Pusta,_Kaarel_Robert, lk 3
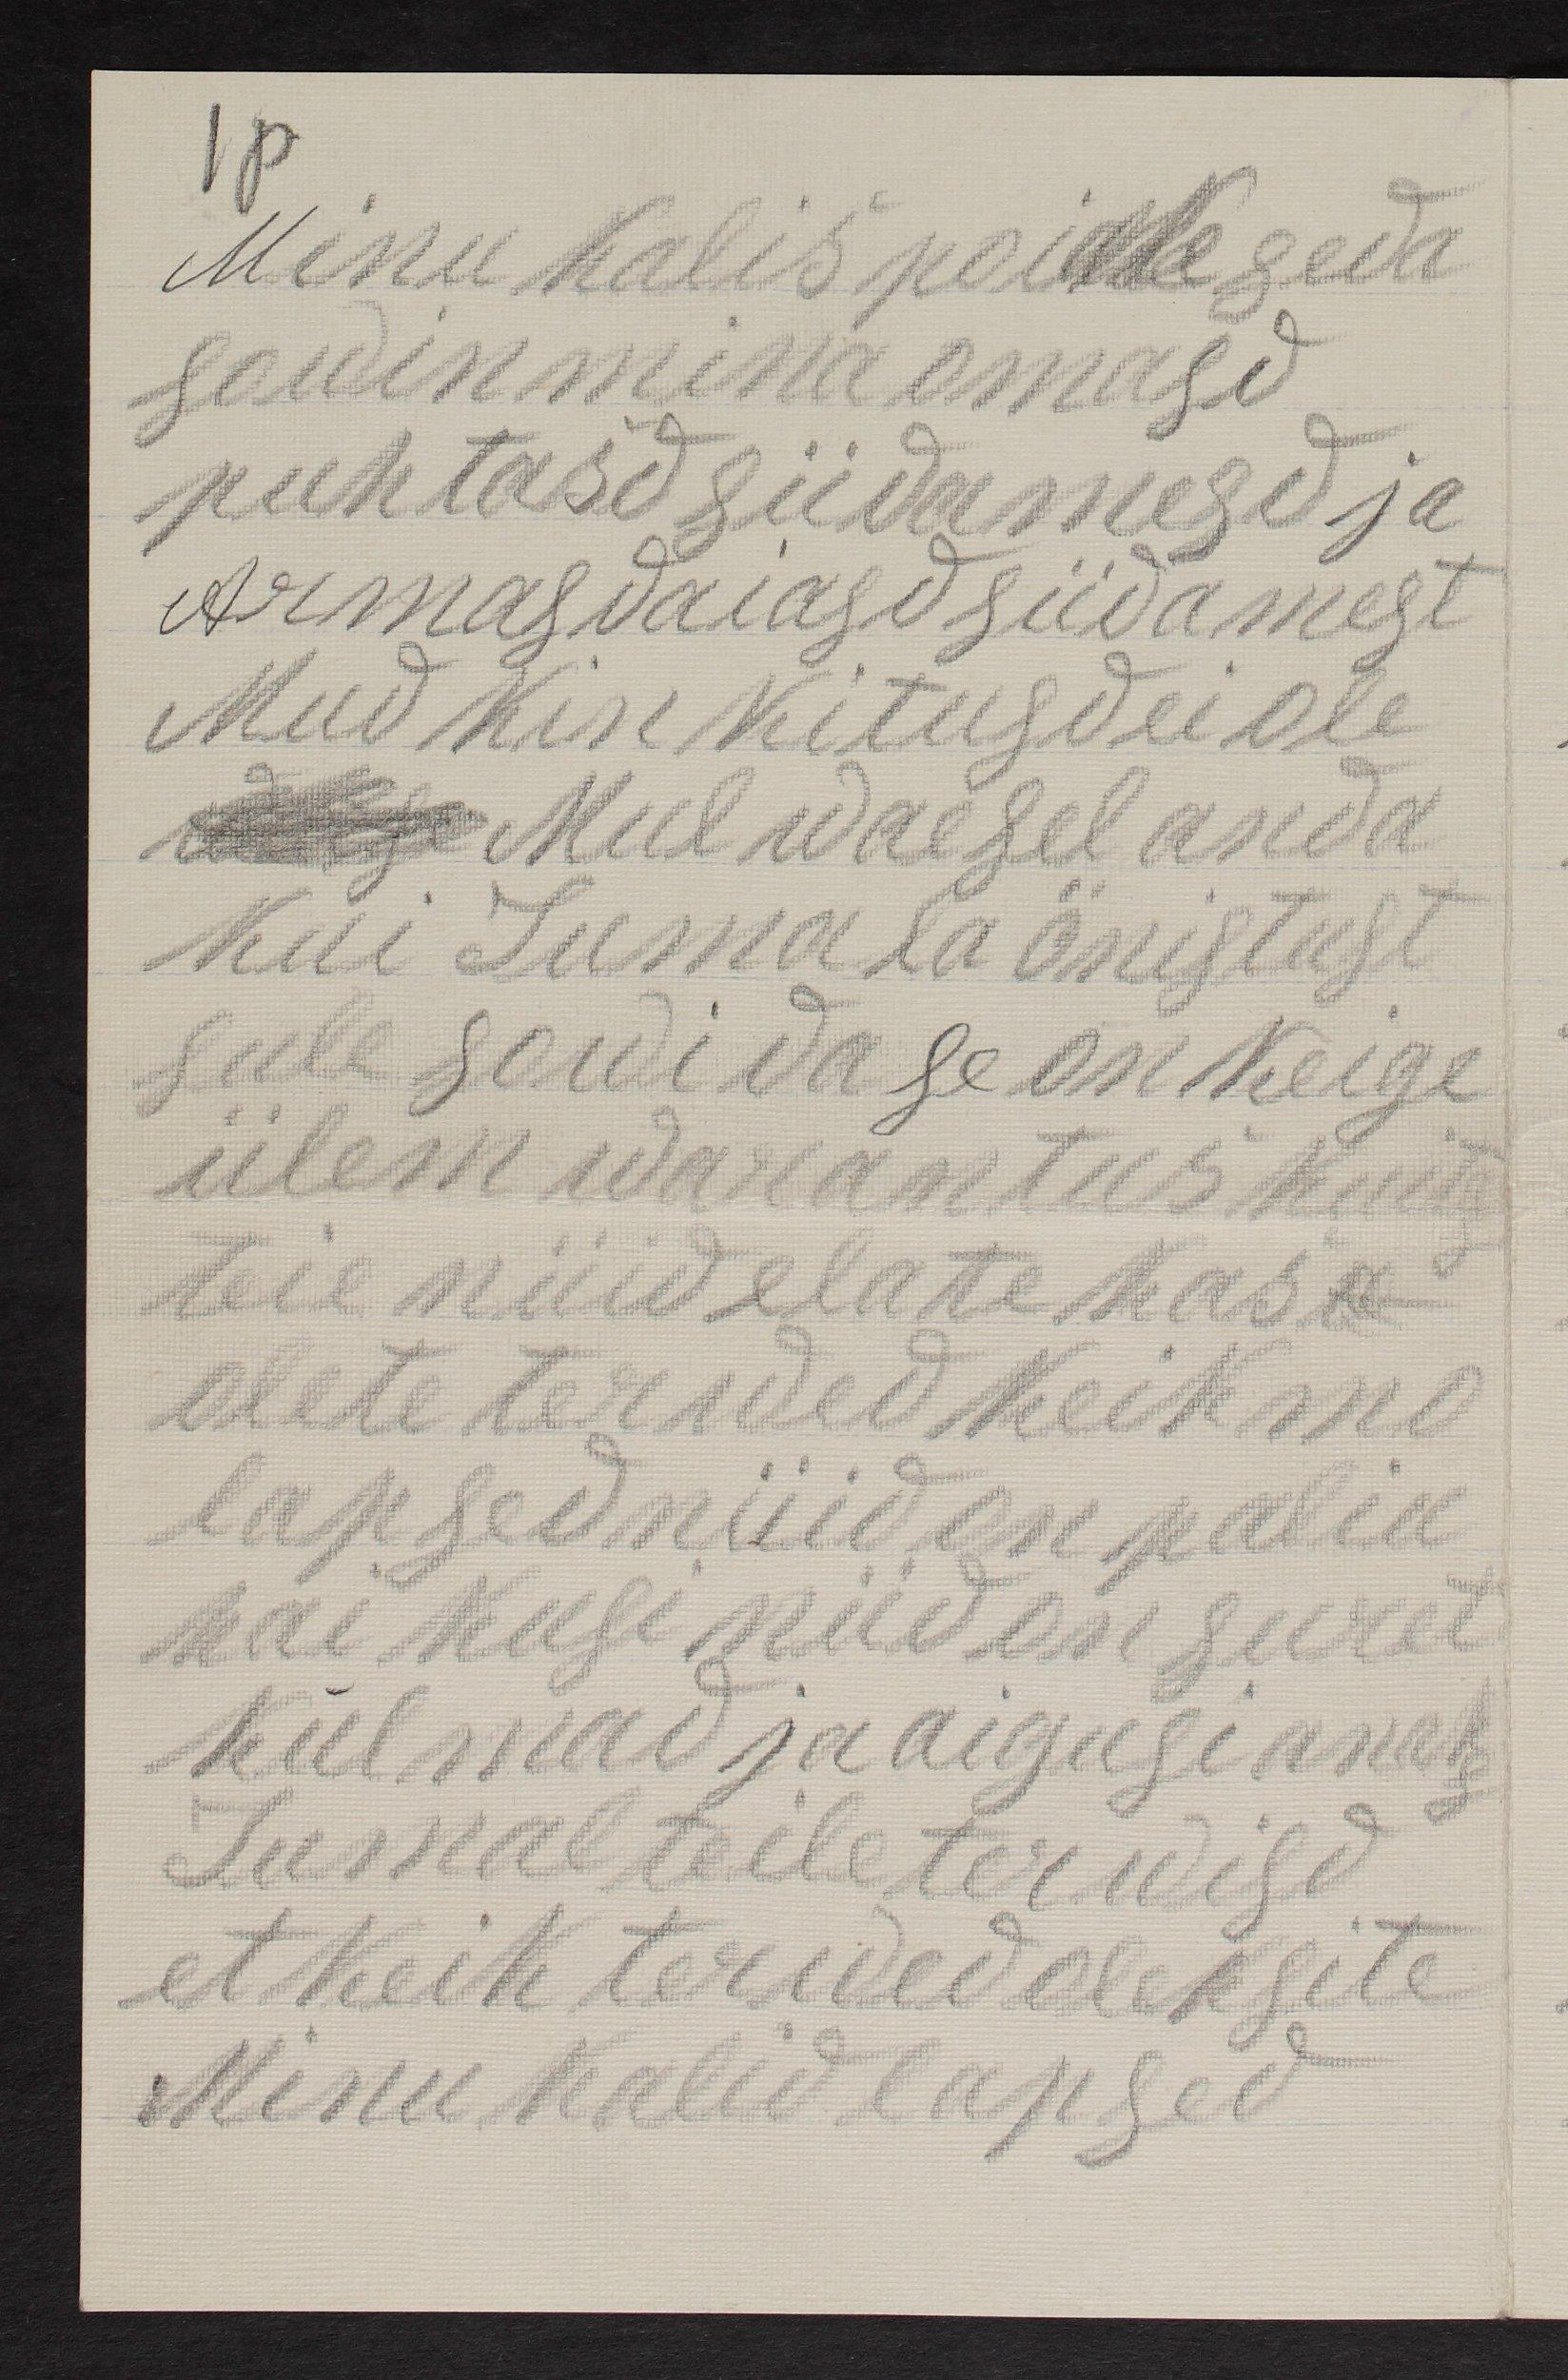
1p
Minu kalis poiakea seda
sowin mina omasd
puhtasd südamesd ja
Armasdaiasd südamest
Mud kinkitusd ei ole
tulise Mul waesel anda
Kui Jumala önistust
sule sowida se on keige
ülem warantus kuita
teie nüid elate kas ei
olete terwed keik mo
lapsed nüid on paliu
haikusi nüd on suret
Külmad ja aigusi anaks
Jumal teile terwisd
et keik terwed oleksite
Minu kalid lapsed